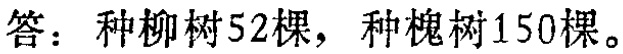
答：种柳树52棵，种槐树150棵。